画像に写った文字を読んでください
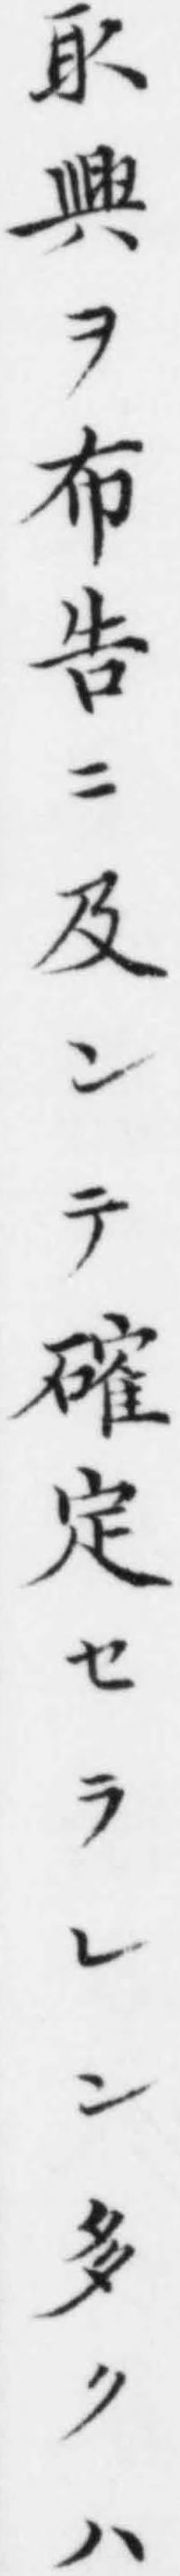
「取𦥷ヲ布告ニ及ンテ確定セラレン多クハ」と書いてあります